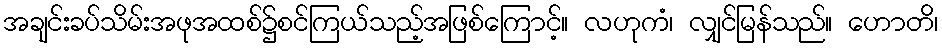
အချင်းခပ်သိမ်းအဖုအထစ်၌စင်ကြယ်သည့်အဖြစ်ကြောင့်။ လဟုကံ၊ လျှင်မြန်သည်။ ဟောတိ၊